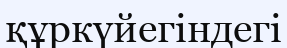
құркүйегіндегі